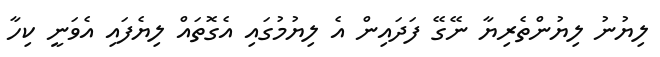
ލިޔުނު ލިޔުންތެރިޔާ ނޭގޭ ފަދައިން އެ ލިޔުމުގައި އެގޮތައް ލިޔެފައި އެވަނީ ކިހާ